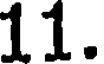
11.